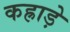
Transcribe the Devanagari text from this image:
कह्राड़े